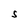
Character: S